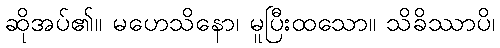
ဆိုအပ်၏။ မဟေသိနော၊ မူပြီးထသော။ သိခိဿာပိ၊